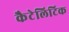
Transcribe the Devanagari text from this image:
कैटेलिटिक